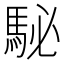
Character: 駜